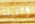
الليلة